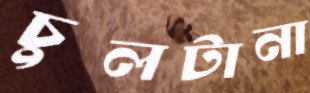
চুলটানা